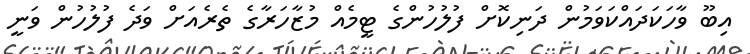
އިބޫ ވާހަކަދައްކަވަމުން ދަނިކޮށް ފުލުހުންގެ ޓީމެއް މުޒާހަރާގެ ތެރެއަށް ވަދެ ފުލުހުން ވަނީ